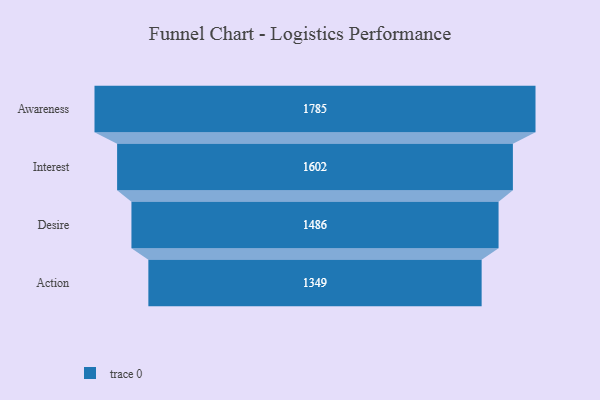
{"axis": {"x": "Stage", "y": "Value"}, "legend": [""], "data": [{"x": "Awareness", "y": 1785.0, "type": ""}, {"x": "Interest", "y": 1602.0, "type": ""}, {"x": "Desire", "y": 1486.0, "type": ""}, {"x": "Action", "y": 1349.0, "type": ""}]}